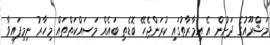
މަޝްރޫއުގެ ދަށުން އެ އިމާރާތުގައި ކުރަންޖެހޭ ބޮޑެތި ބައެއް މަސައްކަތްތައް މިހާރު ނިމިފައިވާ